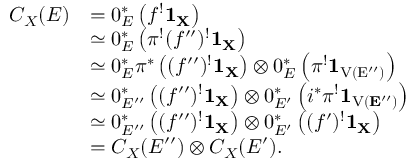
\begin{array} { r l } { C _ { X } ( \cal { E } ) } & { = 0 _ { \cal { E } } ^ { * } \left( f ^ { ! } \bf { 1 } _ { X } \right) } \\ & { \simeq 0 _ { \cal { E } } ^ { * } \left( \pi ^ { ! } ( f ^ { \prime \prime } ) ^ { ! } \bf { 1 } _ { X } \right) } \\ & { \simeq 0 _ { \cal { E } } ^ { * } \pi ^ { * } \left( ( f ^ { \prime \prime } ) ^ { ! } \bf { 1 } _ { X } \right) \otimes 0 _ { \cal { E } } ^ { * } \left( \pi ^ { ! } \bf { 1 } _ { \mathrm { { V } ( \cal { E ^ { \prime \prime } } ) } } \right) } \\ & { \simeq 0 _ { \cal { E } ^ { \prime \prime } } ^ { * } \left( ( f ^ { \prime \prime } ) ^ { ! } \bf { 1 } _ { X } \right) \otimes 0 _ { \cal { E } ^ { \prime } } ^ { * } \left( i ^ { * } \pi ^ { ! } \bf { 1 } _ { \mathrm { V } ( \cal { E ^ { \prime \prime } } ) } \right) } \\ & { \simeq 0 _ { \cal { E } ^ { \prime \prime } } ^ { * } \left( ( f ^ { \prime \prime } ) ^ { ! } \bf { 1 } _ { X } \right) \otimes 0 _ { \cal { E } ^ { \prime } } ^ { * } \left( ( f ^ { \prime } ) ^ { ! } \bf { 1 } _ { X } \right) } \\ & { = C _ { X } ( \cal { E } ^ { \prime \prime } ) \otimes C _ { X } ( \cal { E } ^ { \prime } ) . } \end{array}